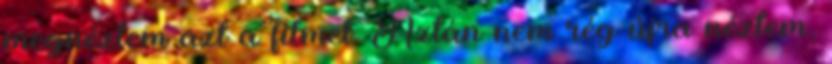
megnéztem azt a filmet. Aztán nem rég újra néztem,